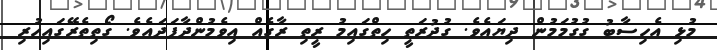
މުޅި އެހިސާބު ގުގުމަމުން ދިޔައެވެ. ގުދުރަތީ ހިތްގައިމު ރީތި ރާގެއް އިވެމުންދާފަދައެވެ. ގޯތިތެރޭގައިހުރި